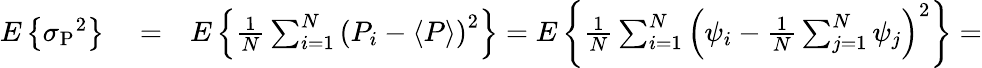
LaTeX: \begin{array}{rlr}{E\left\{ \sigma{_{\mathrm P}}^{2}\right\} }&{{}=}&{E\left\{ {\frac{1}{N}}\sum_{i=1}^{N}\left(P_{i}-\langle P\rangle\right)^{2}\right\} =E\left\{ {\frac{1}{N}}\sum_{i=1}^{N}\left(\psi_{i}-{\frac{1}{N}}\sum_{j=1}^{N}\psi_{j}\right)^{2}\right\} =}\end{array}